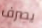
يصرف